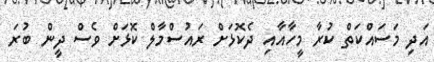
އަދި މަސައްކަތް ކުރާ މީހާއާއި ދެކޮޅަށް ރައުސްމާލް ކޮޅަށް ވެސް ދީން ބުރަ